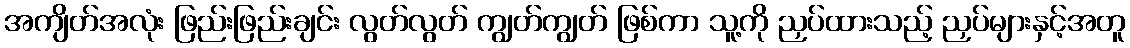
အကျိတ်အလုံး ဖြည်းဖြည်းချင်း လွတ်လွတ် ကျွတ်ကျွတ် ဖြစ်ကာ သူ့ကို ညှပ်ထားသည့် ညှပ်များနှင့်အတူ